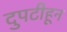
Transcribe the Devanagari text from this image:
दुपटीहून